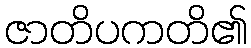
ဇာတိပကတိ၏